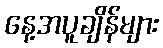
နေ့အပူချိန်များ